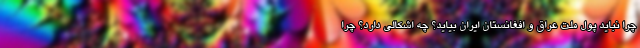
چرا نباید پول ملت عراق و افغانستان ایران بیاید؟ چه اشکالی دارد؟ چرا